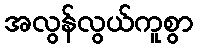
အလွန်လွယ်ကူစွာ